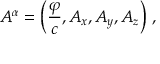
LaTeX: A ^ { \alpha } = \left( { \frac { \varphi } { c } } , A _ { x } , A _ { y } , A _ { z } \right) \, ,